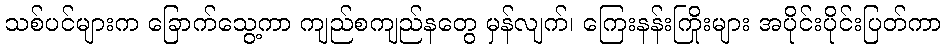
သစ်ပင်များက ခြောက်သွေ့ကာ ကျည်စကျည်နတွေ မှန်လျက်၊ ကြေးနန်းကြိုးများ အပိုင်းပိုင်းပြတ်ကာ